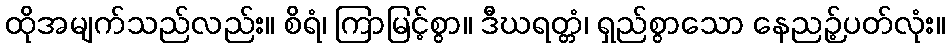
ထိုအမျက်သည်လည်း။ စိရံ၊ ကြာမြင့်စွာ။ ဒီဃရတ္တံ၊ ရှည်စွာသော နေညဉ့်ပတ်လုံး။